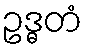
ဥဒ္ဓတံ